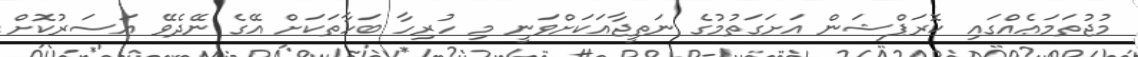
މުޖުތަމަޢެއްގައި ކޮރަޕްޝަން އަށަގަތުމުގެ ނަތީޖާއަކަށްވަނީ މި ހުރިހާ ބަހާތަކަށް އޭގެ ނޭދެވޭ އަސަރުކޮށް